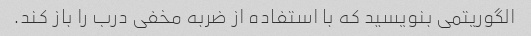
الگوریتمی بنویسید که با استفاده از ضربه مخفی درب را باز کند.